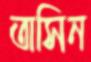
তাসিন